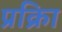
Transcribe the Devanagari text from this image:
प्रक्रिा